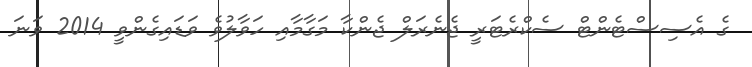
ގެ އެސިސްޓެންޓް ސެކްރެޓަރީ ޖެނެރަލް ޖެންކާ މަގާމާއި ހަވާލުވެ ވަޑައިގެންވީ 2014 ވަނަ